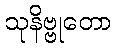
သုနိဗ္ဗုတော